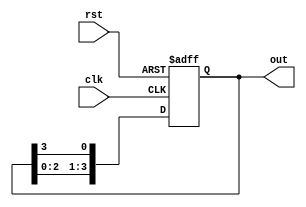
module ring_counter (
    input wire clk,
    input wire rst,
    output reg [N-1:0] out
);

parameter N = 4; // Number of flip-flops in the ring counter

reg [N-1:0] flip_flops;

always @(posedge clk or posedge rst) begin
    if (rst) begin
        flip_flops <= 1'b1;
    end else begin
        flip_flops <= {flip_flops[N-2:0], flip_flops[N-1]};
    end
end

assign out = flip_flops;

endmodule